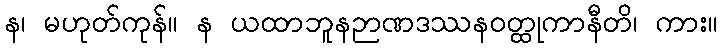
န၊ မဟုတ်ကုန်။ န ယထာဘူနဉာဏဒဿနဝတ္ထုကာနီတိ၊ ကား။